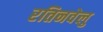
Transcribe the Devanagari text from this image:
रतिनवेलु